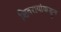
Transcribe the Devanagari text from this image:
शिवरायांकडून